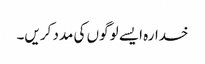
خدارہ ایسے لوگوں کی مدد کریں۔